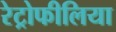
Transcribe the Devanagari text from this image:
रेट्रोफीलिया